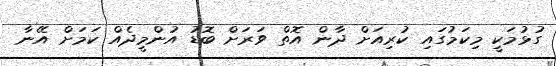
ގުޅުމަކީ މިކަމުގައި ކުރިއަށް ދާން އޮތް ވަރަށް ބޮޑު އުންމީދެއް ކަމަށް އޭނާ